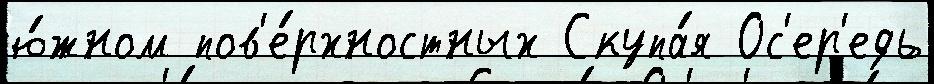
ю́жном пов'е́рхностных Скупа́я Ос'ер'едь